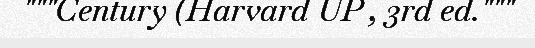
"""Century (Harvard UP , 3rd ed."""